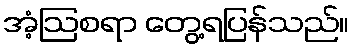
အံ့ဩစရာ တွေ့ရပြန်သည်။